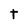
Character: t